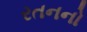
રતનનો